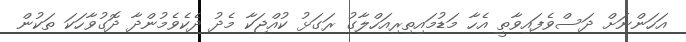
އަހަންނަށް ދަސްވެފައިވާތީ އެހާ މަޑުމައިތިރިއަހްލާގު ރަގަޅު ކުއްޖަކާ މެދު ދެކެވެމުންދާ ދޮގުވާހަކަ ތަކުން